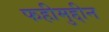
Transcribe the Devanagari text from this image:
फहीमुद्दीन